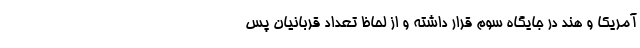
آمریکا و هند در جایگاه سوم قرار داشته و از لحاظ تعداد قربانیان پس